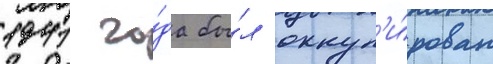
1941 го́да бы́л оккуп'и́рован